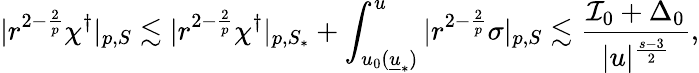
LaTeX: |r^{2-\frac{2}{p}}\chi^{\dagger}|_{p,S}\lesssim|r^{2-\frac{2}{p}}\chi^{\dagger}|_{p,S_{*}}+\int_{u_{0}({\underline{{u}}}_{*})}^{u}|r^{2-\frac{2}{p}}\sigma|_{p,S}\lesssim\frac{\mathcal{I}_{0}+\Delta_{0}}{|u|^{\frac{s-3}{2}}},